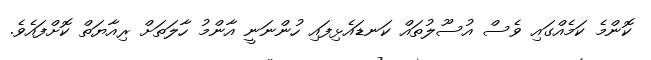
ކޮންމެ ކަމެއްގައި ވެސް އުސޫލުތައް ކަނޑައެޅިފައި ހުންނަނީ އާންމު ހާލަތަށް ރިއާޔަތް ކޮށްފައެވެ.